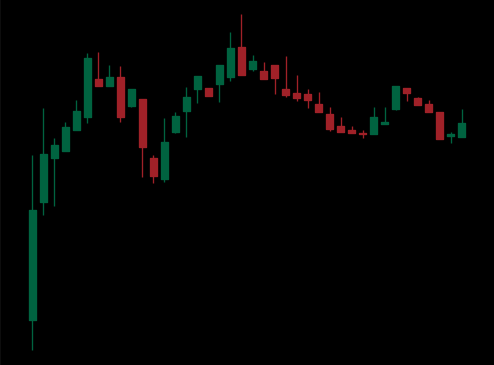
Pattern: head_shoulders